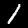
Label: 1